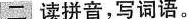
二 读拼音，写词语。